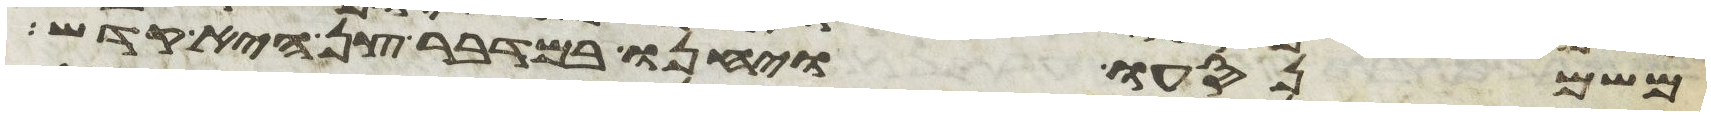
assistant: משם נסעו ויחנו במדבר צן היא קדש